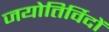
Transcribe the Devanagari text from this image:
जयोतिर्विदों